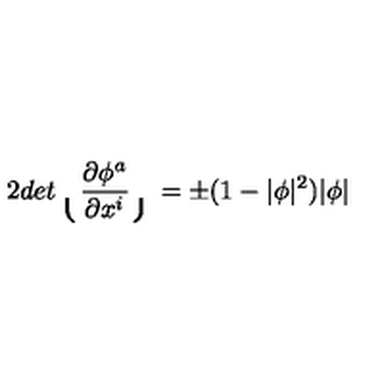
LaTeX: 2 d e t \lgroup \frac { \partial \phi ^ { a } } { \partial x ^ { i } } \rgroup = \pm ( 1 - | \phi | ^ { 2 } ) | \phi |